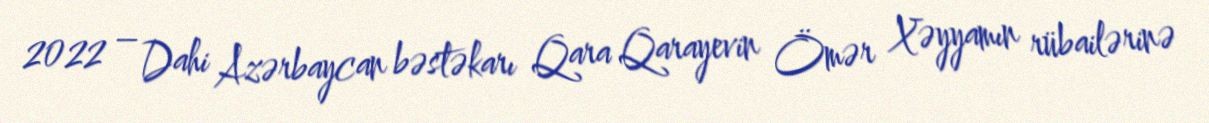
2022 – Dahi Azərbaycan bəstəkarı Qara Qarayevin Ömər Xəyyamın rübailərinə